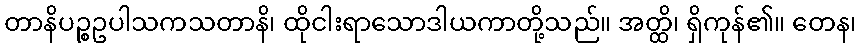
တာနိပဉ္စဥပါသကသတာနိ၊ ထိုငါးရာသောဒါယကာတို့သည်။ အတ္ထိ၊ ရှိကုန်၏။ တေန၊